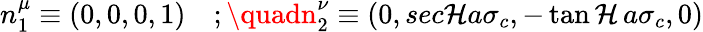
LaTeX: n_{1}^{\mu}\equiv\left(0,0,0,1\right)\quad;\quadn_{2}^{\nu}\equiv\left(0,sec\mathcal{H}a\sigma_{c},-\operatorname{tan\mathcal{H}}a\sigma_{c},0\right)